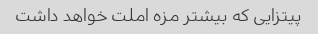
پیتزایی که بیشتر مزه املت خواهد داشت